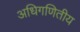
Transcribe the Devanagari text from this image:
अधिगणितीय